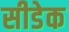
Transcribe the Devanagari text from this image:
सीडेक